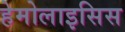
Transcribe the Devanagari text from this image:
हेमोलाइसिस